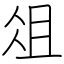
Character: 俎